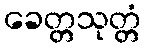
ခေတ္တသုတ္တံ